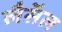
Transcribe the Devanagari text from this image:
लैसॅल